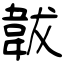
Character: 韍